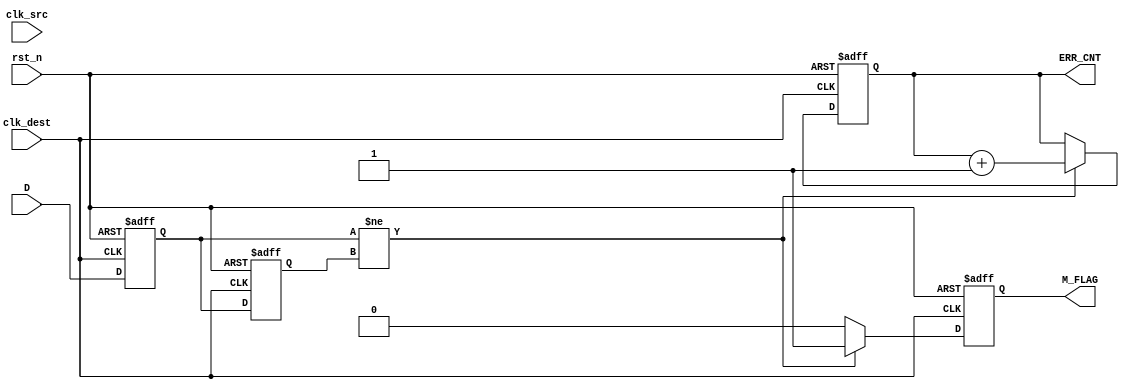
module cdc_detector (
    input wire D,                // Data signal to monitor
    input wire clk_src,          // Source clock
    input wire clk_dest,         // Destination clock
    input wire rst_n,            // Asynchronous reset (active low)
    output reg M_FLAG,           // Metastability flag
    output reg [31:0] ERR_CNT    // Error counter
);

    reg Q1, Q2;                  // Flip-flop outputs

    // Synchronous reset and sampling in the destination clock domain
    always @(posedge clk_dest or negedge rst_n) begin
        if (!rst_n) begin
            Q1 <= 1'b0;
            Q2 <= 1'b0;
            ERR_CNT <= 32'b0;
            M_FLAG <= 1'b0;
        end else begin
            Q1 <= D;              // Sample the data signal on clk_dest
            Q2 <= Q1;             // Sample Q1 on the next clk_dest edge
            // Check for metastability condition
            if (Q1 != Q2) begin
                M_FLAG <= 1'b1;   // Set metastability flag
                ERR_CNT <= ERR_CNT + 1; // Increment error counter
            end else begin
                M_FLAG <= 1'b0;   // Clear metastability flag
            end
        end
    end

endmodule